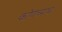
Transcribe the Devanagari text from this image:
कोणच्याच